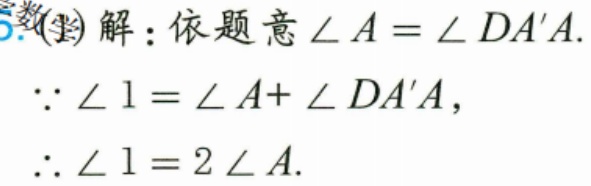
(1)解：依题意\(\angle A = \angle DA'A\).
\(\because\angle 1=\angle A + \angle DA'A\)，
\(\therefore\angle 1 = 2\angle A\).